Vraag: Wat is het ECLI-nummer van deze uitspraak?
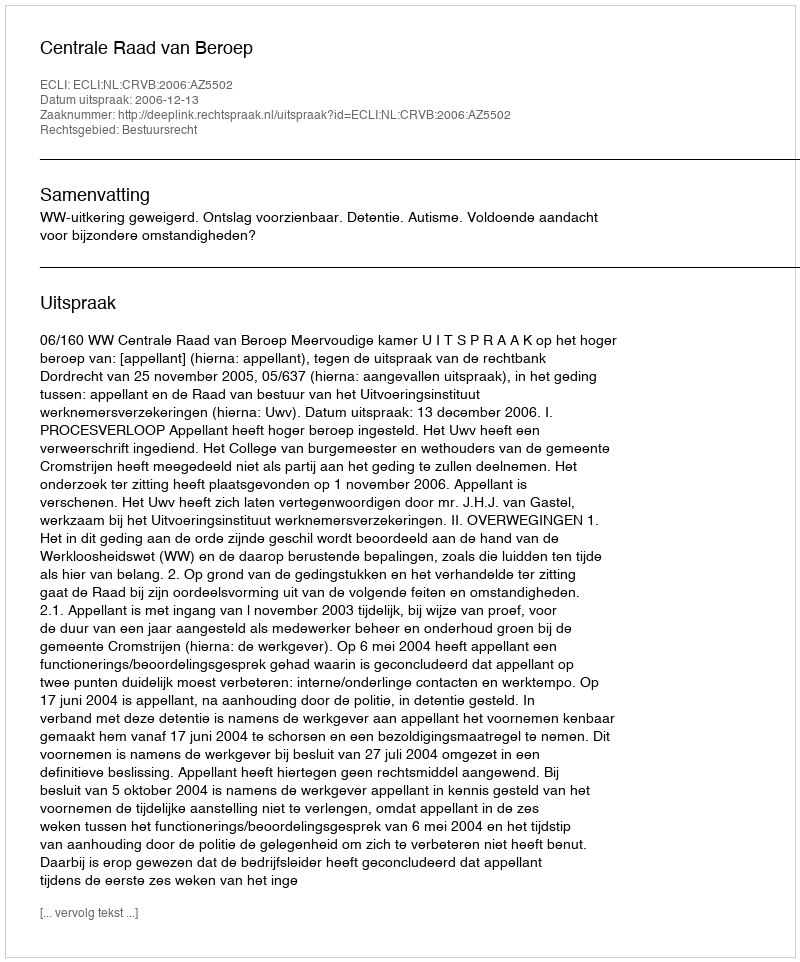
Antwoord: ECLI:NL:CRVB:2006:AZ5502